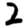
Digit: 2